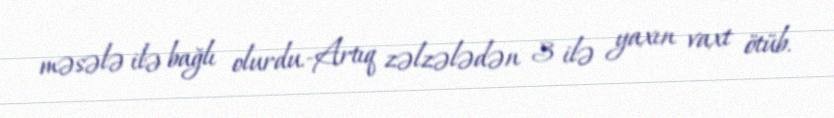
məsələ ilə bağlı olurdu.-Artıq zəlzələdən 3 ilə yaxın vaxt ötüb.